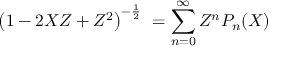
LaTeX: \left( 1 - 2 X Z + Z ^ { 2 } \right) ^ { - { \frac { 1 } { 2 } } } \ = \sum _ { n = 0 } ^ { \infty } Z ^ { n } P _ { n } ( X )